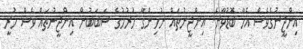
އިންޖީނުގެވެސް އެހާ ބޮޑުވާނެ. އިންޖީނުތައް ނުހިންގާ ހުރުމުގެ ސަބަބުން އިންޖީނުތައް ވެސް ހުރީ